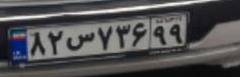
۸۲س۷۳۶۹۹